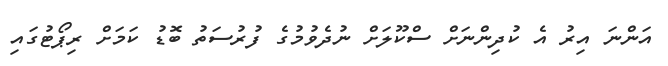
އަންނަ އިރު އެ ކުދިންނަށް ސްކޫލަށް ނުދެވުމުގެ ފުރުސަތު ބޮޑު ކަމަށް ރިޕޯޓުގައި